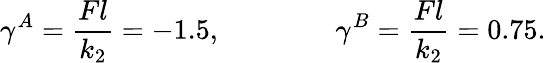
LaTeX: \gamma^{A}=\frac{Fl}{k_{2}}=-1.5,\qquad\qquad\gamma^{B}=\frac{Fl}{k_{2}}=0.75.